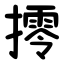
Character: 㩕